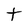
Character: t